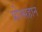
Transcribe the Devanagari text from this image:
प्रोत्सहान